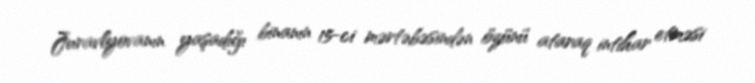
Juravlyovanın yaşadığı binanın 15-ci mərtəbəsindən özünü ataraq intihar etməsi